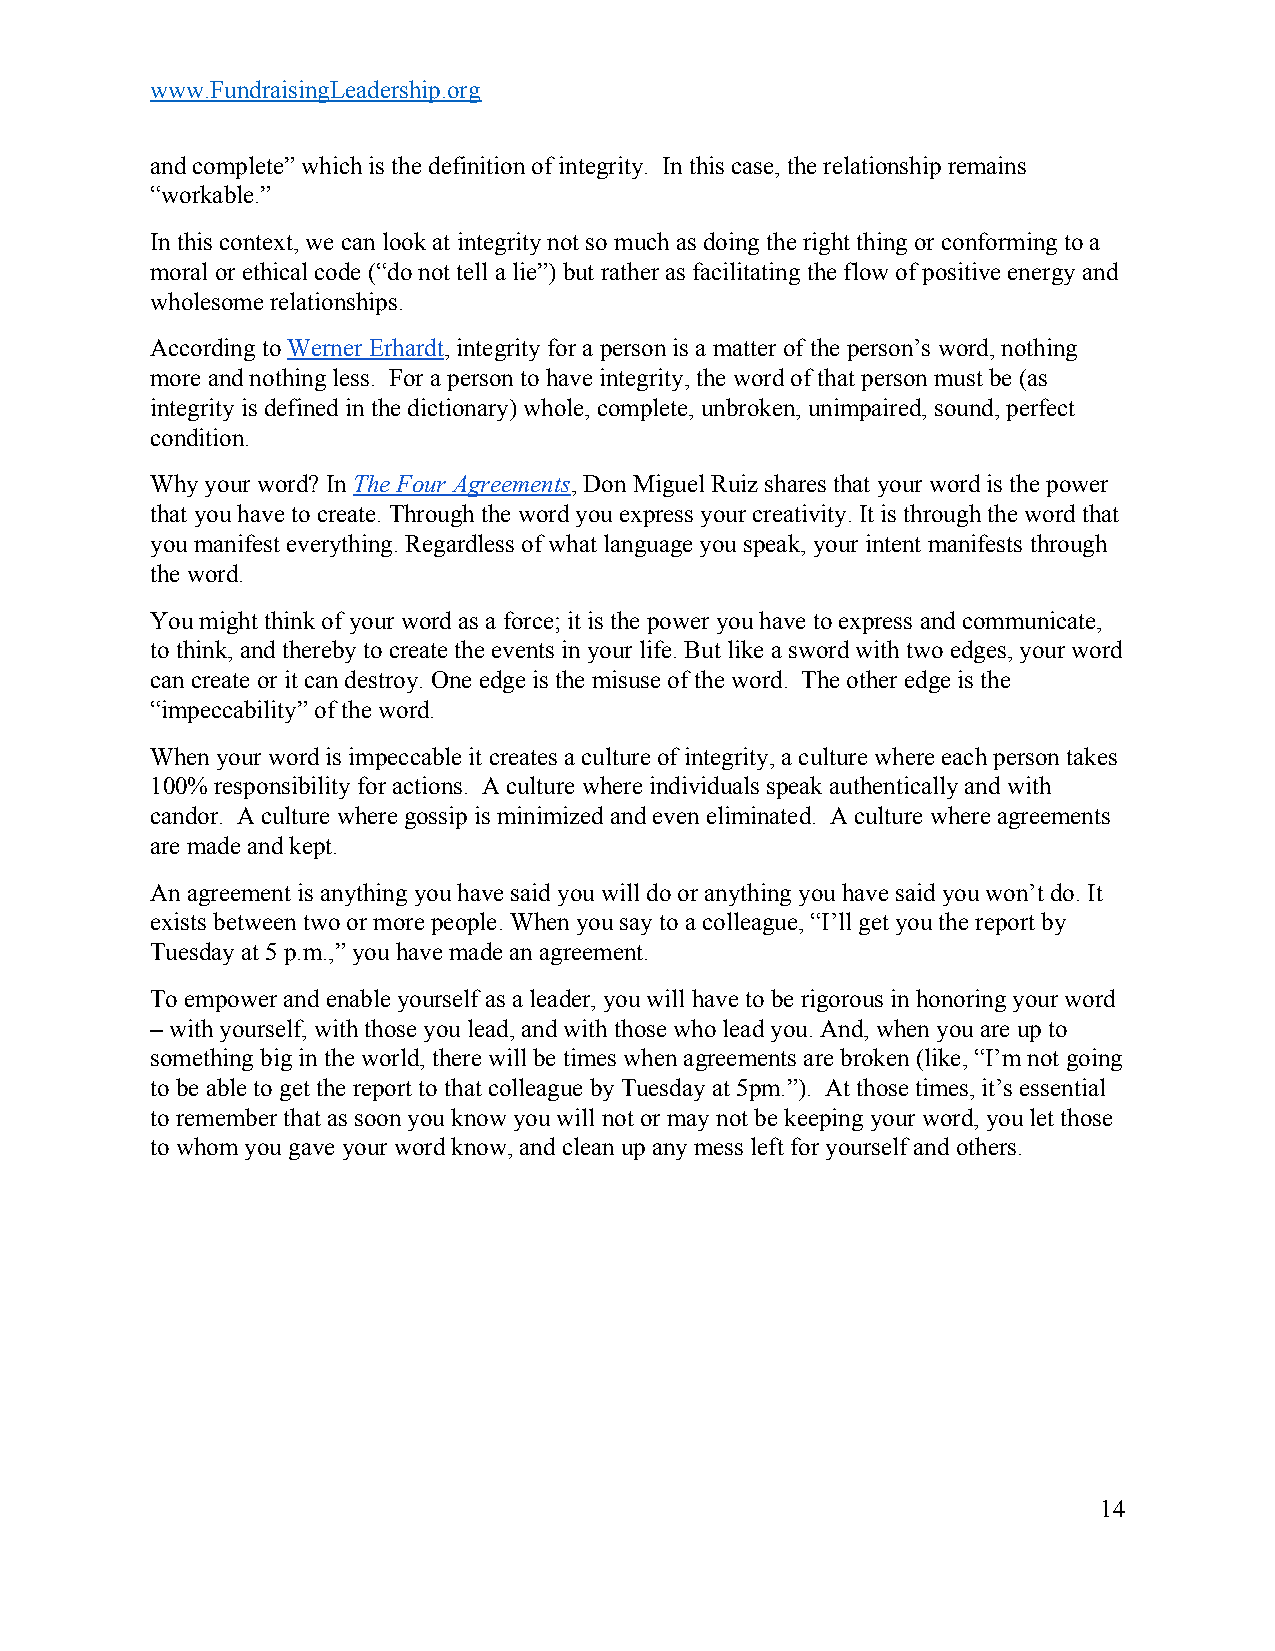
www.FundraisingLeadership.org
 and complete” which is the definition of integrity. In this case, the relationship remains
 “workable.”
 In this context, we can look at integrity not so much as doing the right thing or conforming to a
 moral or ethical code (“do not tell a lie”) but rather as facilitating the flow of positive energy and
 wholesome relationships.
 According to Werner Erhardt, integrity for a person is a matter of the person’s word, nothing
 ​         ​
 more and nothing less. For a person to have integrity, the word of that person must be (as
 integrity is defined in the dictionary) whole, complete, unbroken, unimpaired, sound, perfect
 condition.
 Why your word? In The Four Agreements, Don Miguel Ruiz shares that your word is the power
 ​             ​
 that you have to create. Through the word you express your creativity. It is through the word that
 you manifest everything. Regardless of what language you speak, your intent manifests through
 the word.
 You might think of your word as a force; it is the power you have to express and communicate,
 to think, and thereby to create the events in your life. But like a sword with two edges, your word
 can create or it can destroy. One edge is the misuse of the word. The other edge is the
 “impeccability” of the word.
 When your word is impeccable it creates a culture of integrity, a culture where each person takes
 100% responsibility for actions. A culture where individuals speak authentically and with
 candor. A culture where gossip is minimized and even eliminated. A culture where agreements
 are made and kept.
 An agreement is anything you have said you will do or anything you have said you won’t do. It
 exists between two or more people. When you say to a colleague, “I’ll get you the report by
 Tuesday at 5 p.m.,” you have made an agreement.
 To empower and enable yourself as a leader, you will have to be rigorous in honoring your word
 – with yourself, with those you lead, and with those who lead you. And, when you are up to
 something big in the world, there will be times when agreements are broken (like, “I’m not going
 to be able to get the report to that colleague by Tuesday at 5pm.”). At those times, it’s essential
 to remember that as soon you know you will not or may not be keeping your word, you let those
 to whom you gave your word know, and clean up any mess left for yourself and others.
 14